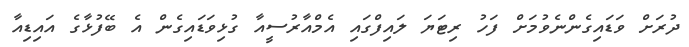
ދުރަށް ވަޑައިގެންނެވުމަށް ފަހު ރިޓަޔަ ލައިފްގައި އެމްއާރުސީއާ ގުޅިވަޑައިގެން އެ ބޭފުޅާގެ އައިޑިއާ